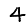
Digit: 4